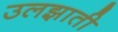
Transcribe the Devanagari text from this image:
उलझाती